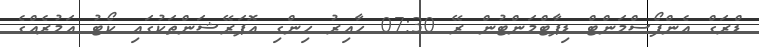
ޑްރަގް އެންފޯސްމަންޓް ޑިޕާޓްމަންޓުން ރޭ 07:30 ހާއިރު ހިންގި އޮޕަރޭޝަންތަކުގައި ކޯޓު އަމުރެއްގެ